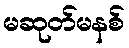
မဆုတ်မနစ်